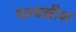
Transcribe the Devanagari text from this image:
पश्यन्नीश